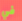
في